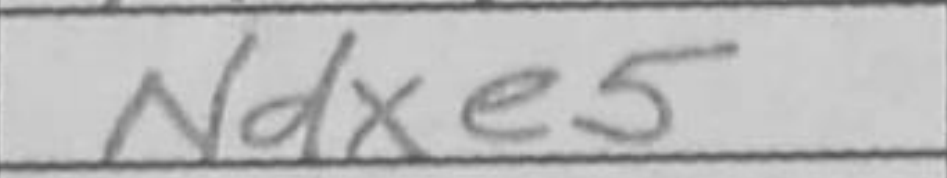
Transcription: Ndxe5